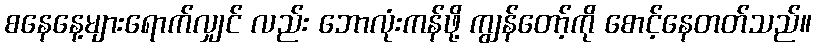
စနေနေ့များရောက်လျှင် လည်း ဘောလုံးကန်ဖို့ ကျွန်တော့်ကို စောင့်နေတတ်သည်။